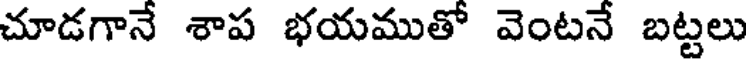
చూడగానే శాప భయముతో వెంటనే బట్టలు